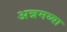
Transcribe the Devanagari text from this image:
अन्नमय्या